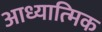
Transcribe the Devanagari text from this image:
आध्यात्‍मिक